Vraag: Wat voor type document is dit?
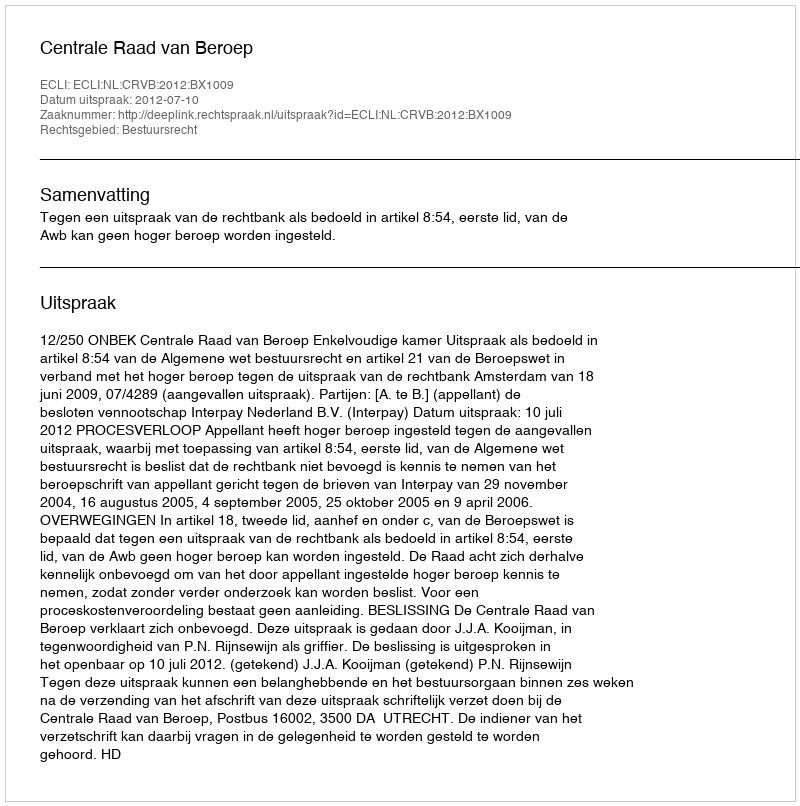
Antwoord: Uitspraak